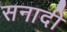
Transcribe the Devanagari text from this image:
सनादी